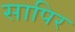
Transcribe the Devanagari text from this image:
सापिर